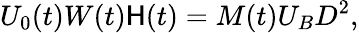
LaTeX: U_{0}(t)W(t)\mathsf{H}(t)=M(t)U_{B}D^{2},